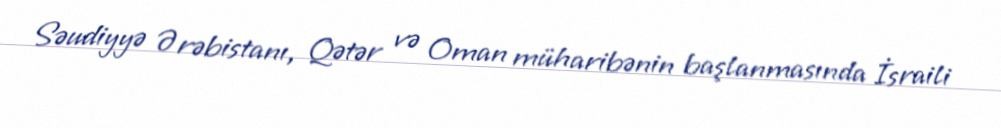
Səudiyyə Ərəbistanı, Qətər və Oman müharibənin başlanmasında İsraili